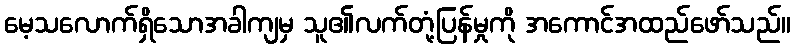
မေ့သလောက်ရှိသောအခါကျမှ သူ၏လက်တုံ့ပြန်မှုကို အကောင်အထည်ဖော်သည်။